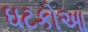
ઘટકોઆ